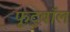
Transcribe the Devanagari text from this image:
फूट्बॉल